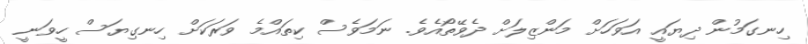
ހިނގަމުން ދިޔައީ އަވަހަށް މަންޒިލަށް ދެވޭތޯއެވެ. ނަމަވެސް ކިތައްމެ ވަރަކަށް ހިނގިޔަސް ހީވަނީ